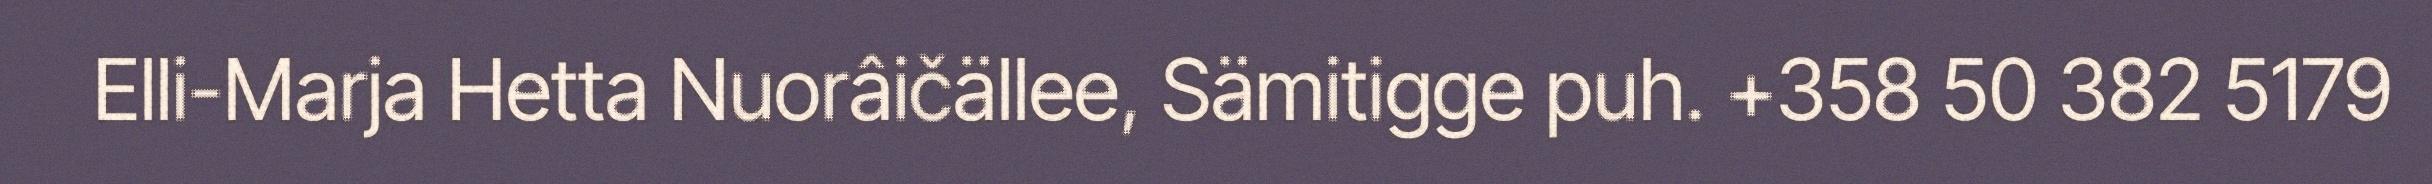
Elli-Marja Hetta Nuorâičällee, Sämitigge puh. +358 50 382 5179